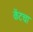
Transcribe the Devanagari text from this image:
केंटचा